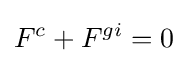
F_{}^{c}+F^{gi}=0